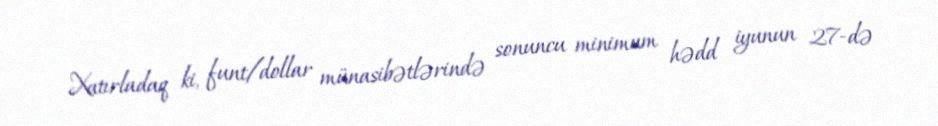
Xatırladaq ki, funt/dollar münasibətlərində sonuncu minimum hədd iyunun 27-də